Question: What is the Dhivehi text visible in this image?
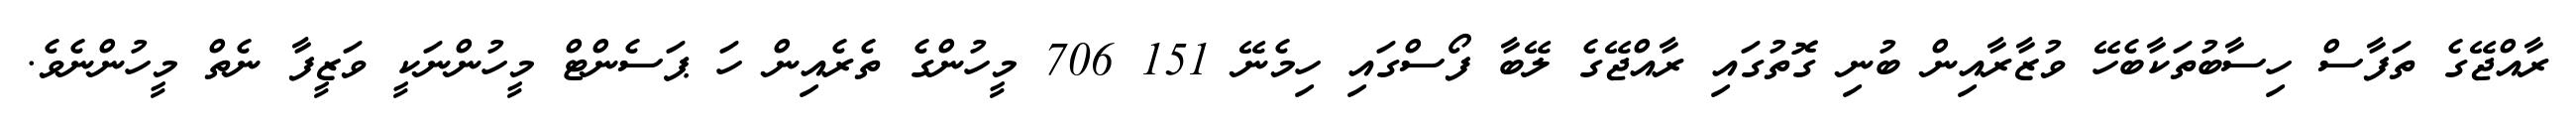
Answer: ރާއްޖޭގެ ތަފާސް ހިސާބުތަކާބެހޭ ވުޒާރާއިން ބުނި ގޮތުގައި ރާއްޖޭގެ ލޭބާ ފޯސްގައި ހިމެނޭ 151 706 މީހުންގެ ތެރެއިން ހަ ޕަސެންޓް މީހުންނަކީ ވަޒީފާ ނެތް މީހުންނެވެ.